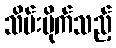
သိမ်းပိုက်သည့်